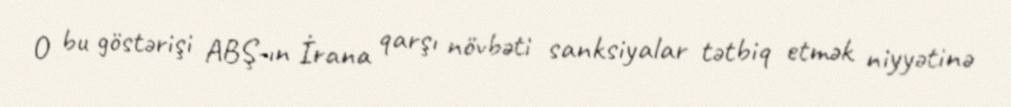
O bu göstərişi ABŞ-ın İrana qarşı növbəti sanksiyalar tətbiq etmək niyyətinə